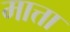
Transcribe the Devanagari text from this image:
मात्ता